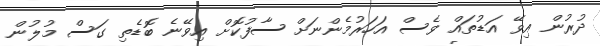
ދުރުން އިވޭ އަޑުތައް ވެސް އަހަރުމެންނަށް ސާފުކޮށް އިވޭނެ ބޮޑެތި ގަސް މުލުން